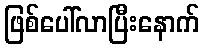
ဖြစ်ပေါ်လာပြီးနောက်